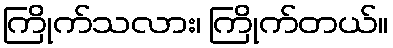
ကြိုက်သလား၊ ကြိုက်တယ်။